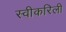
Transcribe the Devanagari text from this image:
स्वीकरिली